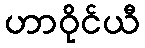
ဟာဝိုင်ယီ